system: You are a helpful assistant.
user:
Analyze the provided spectrum to determine if it is a **White Dwarf (WD)**.

A White Dwarf spectrum is defined by its **extreme purity** (due to gravitational settling) and/or **extreme pressure broadening** (due to high surface gravity). You must check for one of the following mutually exclusive signatures:

- **Key Visual Indicators (Check for ONE of these types):**

    - **1. DA-Type Signature (Most Common):**
        - **(Primary Feature):** Extreme pressure broadening (Stark broadening) of the **Hydrogen (H) Balmer lines**.
        - **(Key Lines):** $H\beta$ (approx. $4861$ Å) and $H\gamma$ (approx. $4340$ Å). $H\alpha$ (approx. $6563$ Å) will also be present if the wavelength range covers it.
        - **(Line Profile):** This is the **defining feature**. The lines are **NOT** sharp. They appear as massive, **extremely broad and deep "troughs" or "dips"** in the spectrum, often hundreds of Ångströms wide. The continuum will appear to "scoop" down at these wavelengths.
        - **(Distinction):** Normal A-type or B-type stars have *narrow* and *sharp* Hydrogen lines. A DA White Dwarf's lines are unmistakably "smeared" or "blurry" from pressure.

    - **2. DB-Type Signature:**
        - **(Primary Feature):** Broad absorption lines from **Neutral Helium (He I)**. The spectrum must lack any visible Hydrogen lines.
        - **(Key Lines):** Look for broad absorption near $4471$ Å, $4921$ Å, and $5876$ Å.
        - **(Line Profile):** These lines are also significantly pressure-broadened, appearing much wider than they would in a normal B-type main-sequence star.

    - **3. DC-Type Signature:**
        - **(Primary Feature):** A **featureless continuous spectrum**.
        - **(Line Profile):** The spectrum is a smooth curve with **no significant absorption or emission lines**.
        - **(Key Confirmation):** The continuum is almost always **blue or white**, indicating a hot object. This signature implies the atmosphere is so pure (or so cool) that no spectral lines are visible in the optical range. Its WD identity is confirmed by its extremely low intrinsic brightness (high absolute magnitude).

    - **4. DZ-Type Signature (Metal-Polluted):**
        - **(Primary Feature):** **Isolated, narrow metal absorption lines** on an otherwise featureless (DC-like) continuum.
        - **(Key Lines):** The **Calcium (Ca II) H & K doublet** (approx. **$3934$ Å** and **$3968$ Å**) is the most common and defining feature.
        - **(Line Profile):** These lines are "out of place." They are *not* part of a "forest" of thousands of lines. This signature is evidence of recent *accretion* (pollution) from rocky debris.
        - **(Distinction):** Normal G/K/M stars have a *dense forest* of thousands of metal lines. A DZ has a *clean* continuum with *only a few* strong metal lines.

    - **5. DQ-Type Signature (Carbon-Polluted):**
        - **(Primary Feature):** Absorption bands from **Carbon (C₂ "Swan Bands" or atomic C I)**.
        - **(Key Lines - C₂):** Look for bandheads with a "saw-tooth" shape near $5635$ Å, **$5165$ Å** (strongest), and $4737$ Å.
        - **(Key Confirmation):** The underlying **continuum must be blue or white** (hot).
        - **(Distinction):** This is the critical difference from a **Carbon Star**, which has the *exact same* C₂ bands but on an extremely **red, cool** continuum.

- **(Overall Spectrum):**
    - The continuum (overall shape) is typically **blue-sloping** (brighter in the blue than the red), as most white dwarfs are very hot.
    - The spectrum will look "pure" or "simple," dominated by only *one* of the five signatures listed above.

Think first, call **spectral_visualization_tool** if needed to examine features in detail, then provide your final answer. Your response must adhere to the following strict rules:
1.  **Overall Structure:** Your response must follow the format `<think>...</think> <tool_call>...</tool_call> (if a tool is used) <answer>...</answer>`.
2.  **Tool Usage Constraint:** You may only make **one** tool call per turn.
3.  **Final Answer Format:** In the `<answer>` tag, your conclusion must be inside a `\boxed{}` command (e.g., `\boxed{YES}` or `\boxed{NO}`), followed by your justification.

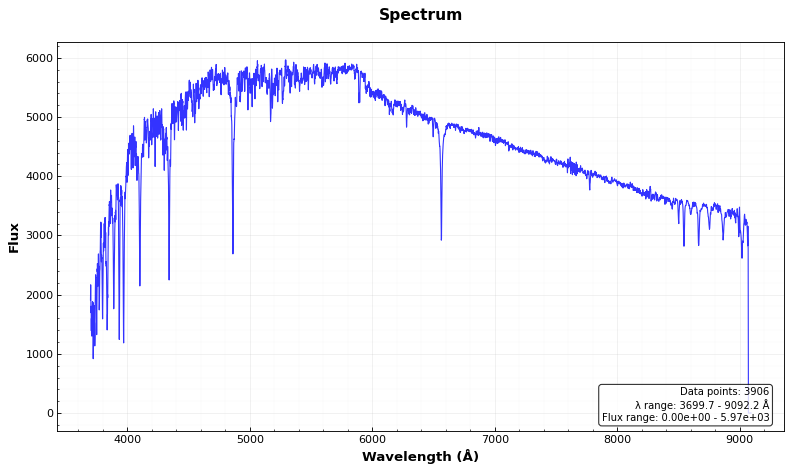
Answer: NO